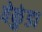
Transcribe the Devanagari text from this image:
वेकुंडा